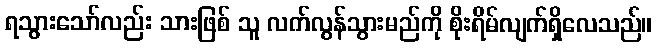
ရသွားသော်လည်း သားဖြစ် သူ လက်လွန်သွားမည်ကို စိုးရိမ်လျက်ရှိလေသည်။